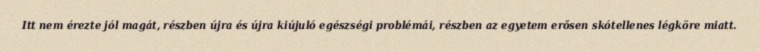
Itt nem érezte jól magát, részben újra és újra kiújuló egészségi problémái, részben az egyetem erősen skótellenes légköre miatt.